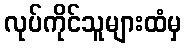
လုပ်ကိုင်သူများထံမှ